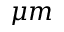
\mu m